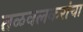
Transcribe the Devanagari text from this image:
तळवलकरांचा